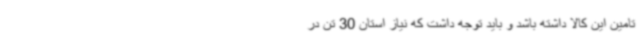
تامین این کالا داشته باشد و باید توجه داشت که نیاز استان 30 تن در